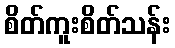
စိတ်ကူးစိတ်သန်း